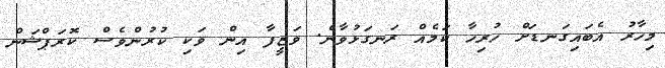
މިހާރު އެބައިގަނޑަށް ހުރިހާ ކަމެއް ރަނގަޅުވާނެ. ވަޒީފާ އިން ވަކި ކުރުންވެސް ކޮރަޕްޝަން